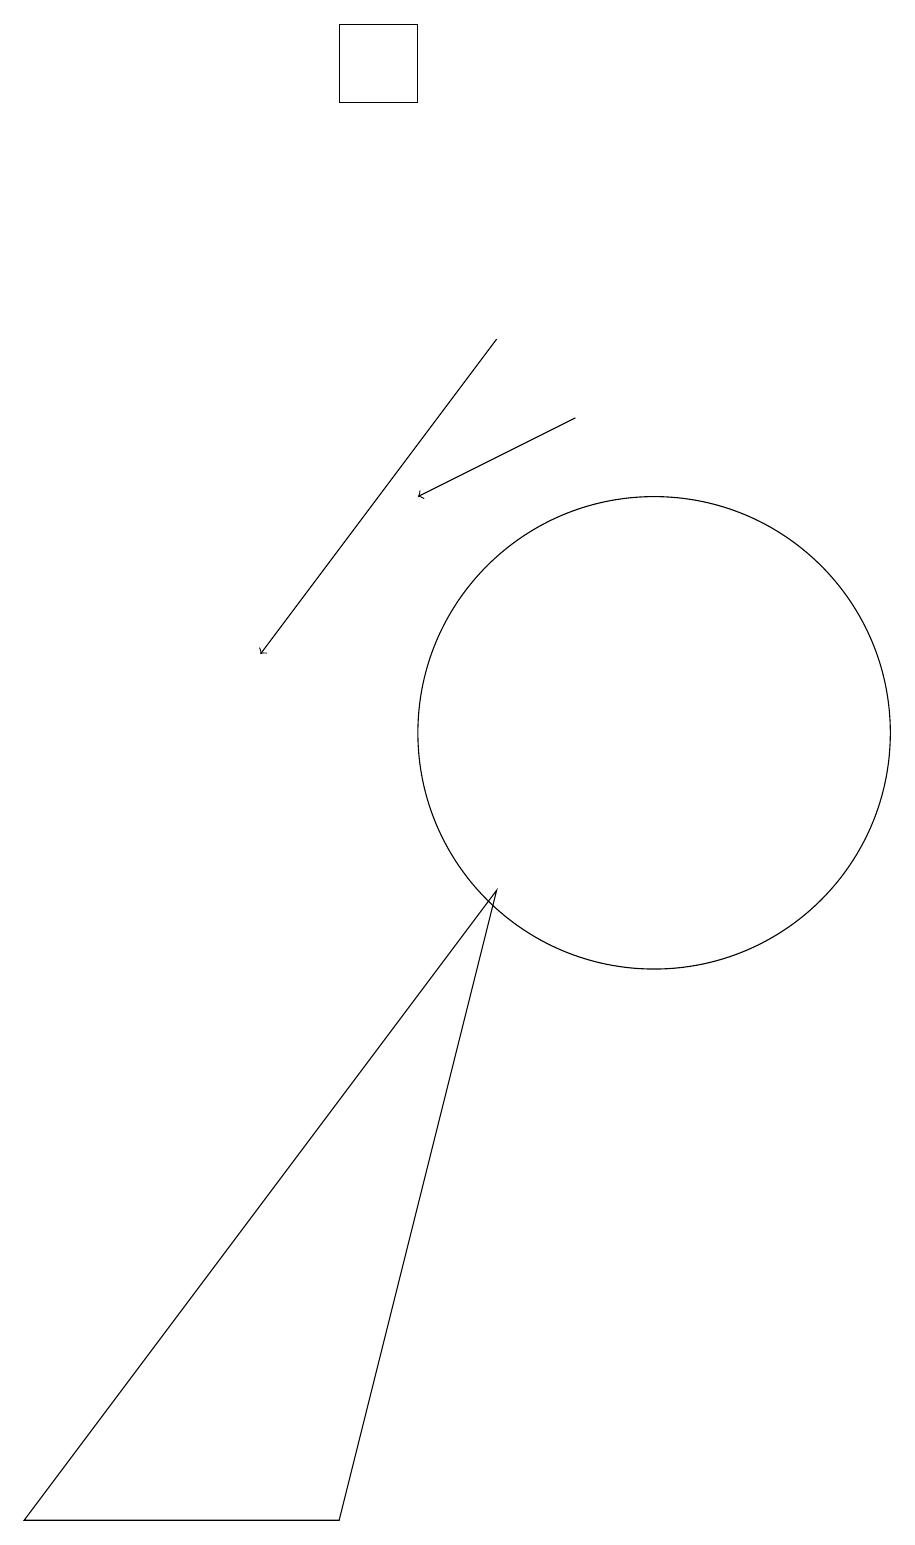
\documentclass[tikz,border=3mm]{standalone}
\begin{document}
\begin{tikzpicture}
\draw (10,10) circle (3);
\draw[->] (9,14) -- (7,13);
\draw (7,18) rectangle (6,19);
\draw (8,8) -- (6,0) -- (2,0) -- cycle;
\draw[->] (8,15) -- (5,11);
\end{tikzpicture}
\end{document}